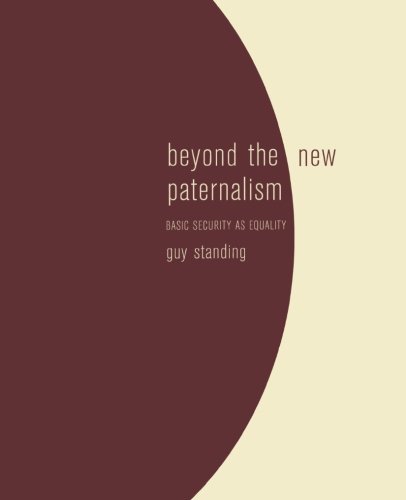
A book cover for Beyond the New Paternalism: Basic Security as Equality; Guy Standing; Business & Money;